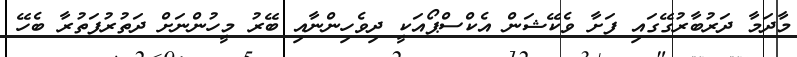
މާދަމާ ދަރުބާރުގޭގައި ފަށާ ވެކޭޝަން އެކްސްޕޯއަކީ ދިވެހިންނާއި ބޭރު މީހުންނަށް ދަތުރުފަތުރާ ބެހޭ